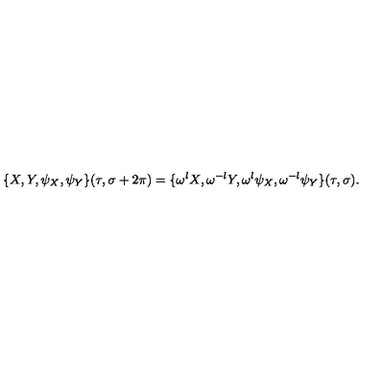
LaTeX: \{ X , Y , \psi _ { X } , \psi _ { Y } \} ( \tau , \sigma + 2 \pi ) = \{ \omega ^ { l } X , \omega ^ { - l } Y , \omega ^ { l } \psi _ { X } , \omega ^ { - l } \psi _ { Y } \} ( \tau , \sigma ) .